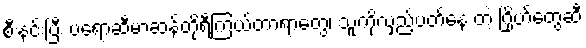
စီးနင်းပြီး ပရော့ဆီမာဆန်တိုရီကြယ်တာရာတွေ၊ သူ့ကိုလှည့်ပတ်နေ တဲ့ ဂြိုဟ်တွေဆီ